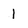
Character: 1